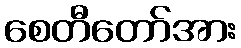
စေတီတော်အား